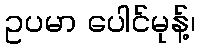
ဥပမာ ပေါင်မုန့်၊